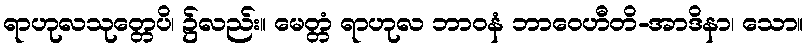
ရာဟုလသုတ္တေပိ၊ ၌လည်း။ မေတ္တံ ရာဟုလ ဘာဝနံ ဘာဝေဟီတိ-အာဒိနာ၊ သော။